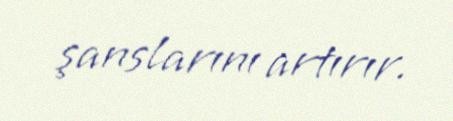
şanslarını artırır.